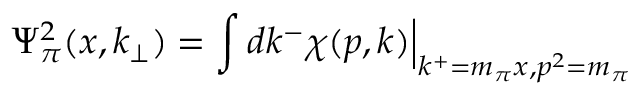
\Psi _ { \pi } ^ { 2 } ( x , k _ { \perp } ) = \int d k ^ { - } \chi ( p , k ) \Big | _ { k ^ { + } = m _ { \pi } x , p ^ { 2 } = m _ { \pi } }